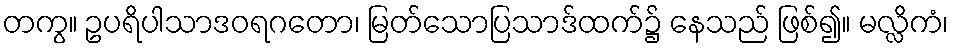
တကွ။ ဥပရိပါသာဒဝရဂတော၊ မြတ်သောပြသာဒ်ထက်၌ နေသည် ဖြစ်၍။ မလ္လိကံ၊